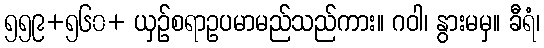
၅၅၉+၅၆၀+ ယှဉ်စရာဥပမာမည်သည်ကား။ ဂဝါ၊ နွားမမှ။ ခီရံ၊